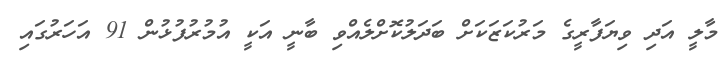
މާލީ އަދި ވިޔަފާރީގެ މަރުކަޒަކަށް ބަދަލުކޮށްލެއްވި ބާނީ އަކީ އުމުރުފުޅުން 91 އަހަރުގައި